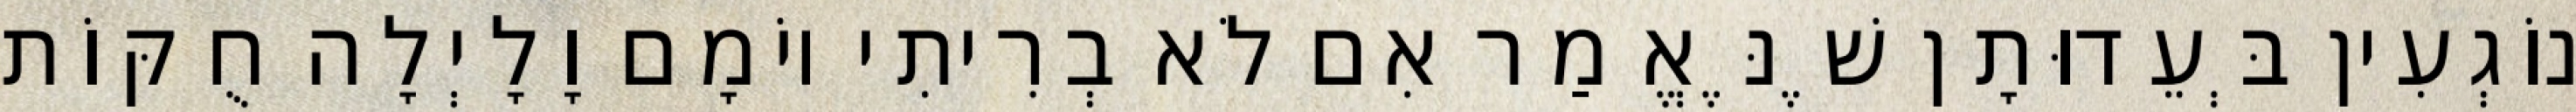
נוֹגְעִין בְּעֵדוּתָן שֶׁנֶּאֱמַר אִם לֹא בְרִיתִי יוֹמָם וָלָיְלָה חֻקּוֹת